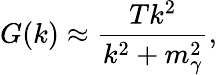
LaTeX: G(k)\approx\frac{Tk^{2}}{k^{2}+m_{\gamma}^{2}},